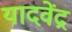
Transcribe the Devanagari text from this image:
यादवेंद्र